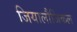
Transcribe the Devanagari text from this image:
जियालौजिकल